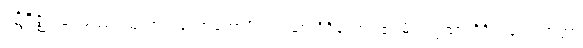
ပဋိဝိဇ္ဈိ။ ဧဝမဿ ဩကာသလောကောပိ သဗ္ဗထာ ဝိဒိတော။ ဧဝမ္ပိ သဗ္ဗထာ ဝိဒိတလောကတ္တာ